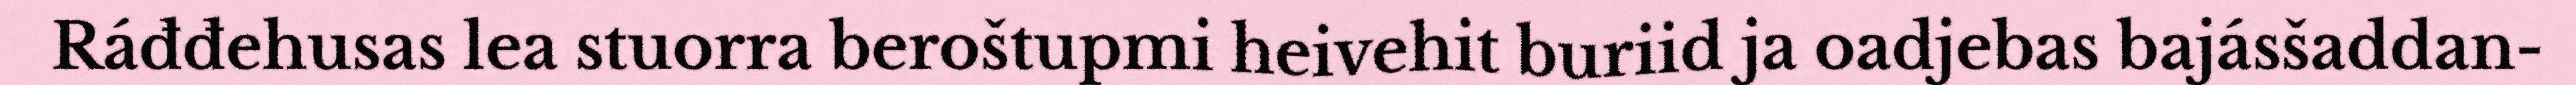
Ráđđehusas lea stuorra beroštupmi heivehit buriid ja oadjebas bajásšaddan-